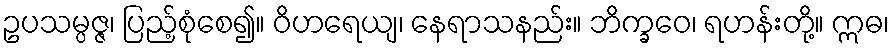
ဥပသမ္ပဇ္ဇ၊ ပြည့်စုံစေ၍။ ဝိဟရေယျ၊ နေရာသနည်း။ ဘိက္ခဝေ၊ ရဟန်းတို့။ ဣဓ၊